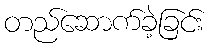
တည်ဆောက်ခဲ့ခြင်း